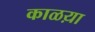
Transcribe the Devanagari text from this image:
काळय़ा